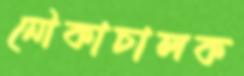
নৌকাচালক